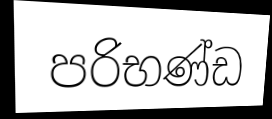
පරිභණ්ඩ